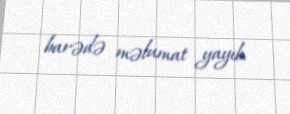
barədə məlumat yayıb.